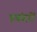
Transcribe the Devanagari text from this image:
हबंदरों